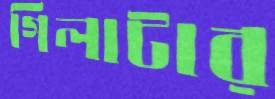
গিলাটার